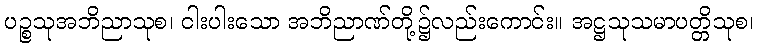
ပဉ္စသုအဘိညာသုစ၊ ငါးပါးသော အဘိညာဏ်တို့၌လည်းကောင်း။ အဋ္ဌသုသမာပတ္တိသုစ၊